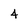
Character: 4